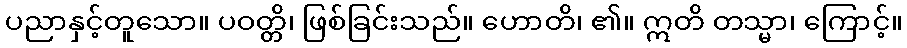
ပညာနှင့်တူသော။ ပဝတ္တိ၊ ဖြစ်ခြင်းသည်။ ဟောတိ၊ ၏။ ဣတိ တသ္မာ၊ ကြောင့်။